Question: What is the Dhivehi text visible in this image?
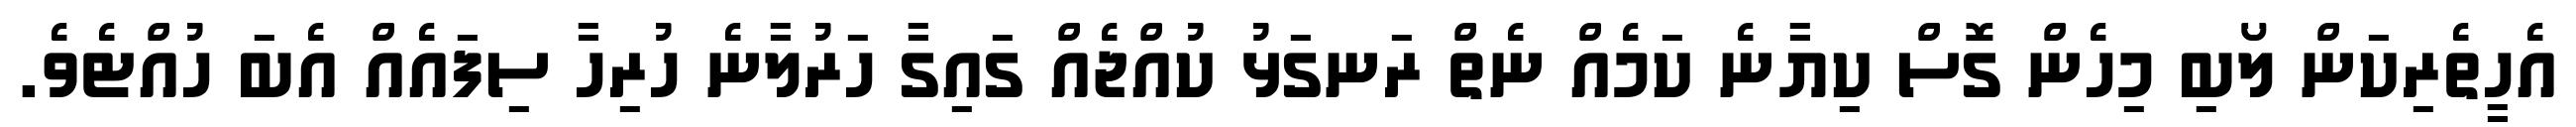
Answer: އެހީތެރިކަން ލޯބި މިހެން ގޮސް ކިޔާނެ ކަމެއް ނެތް ރަނގަޅު ކުއްޖެއް ގައިގާ ހަރުލާނެ ހުރިހާ ސިފައެއް އެބަ ހުއްޓެވެ.